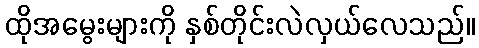
ထိုအမွေးများကို နှစ်တိုင်းလဲလှယ်လေသည်။